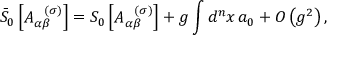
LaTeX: \bar { S } _ { 0 } \left[ A _ { \alpha \beta } ^ { \; \; \; ( \sigma ) } \right] = S _ { 0 } \left[ A _ { \alpha \beta } ^ { \; \; \; ( \sigma ) } \right] + g \int d ^ { n } x \, a _ { 0 } + O \left( g ^ { 2 } \right) ,